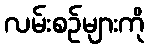
လမ်းစဉ်များကို